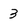
Character: 3